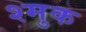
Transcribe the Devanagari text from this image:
श्मुक